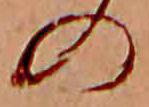
の